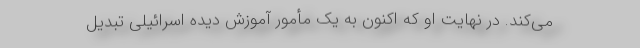
می‌کند. در نهایت او که اکنون به یک مأمور آموزش دیده اسرائیلی تبدیل